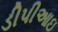
ડીપીઆઇ